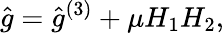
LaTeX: \hat{g}=\hat{g}^{(3)}+\mu H_{1}H_{2},